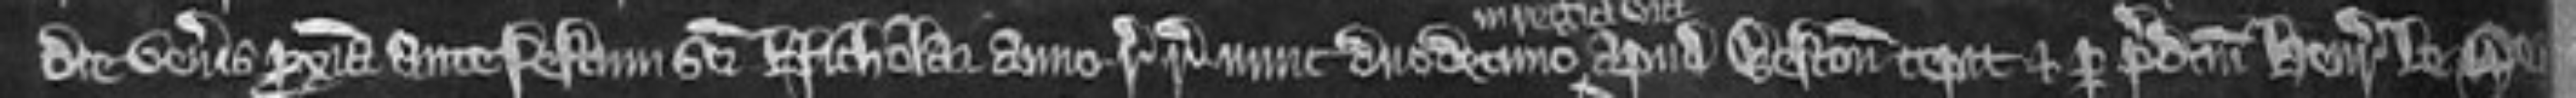
die veneris proxima ante festum sancti Nicholai anno regni regis nunc duodecimo apud Weston cepit et per predictum Henricum le Ser